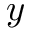
\boldsymbol { y }